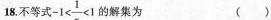
18.不等式-1 $$-1< \frac{1}{x}<1$$ 解集为 ( )